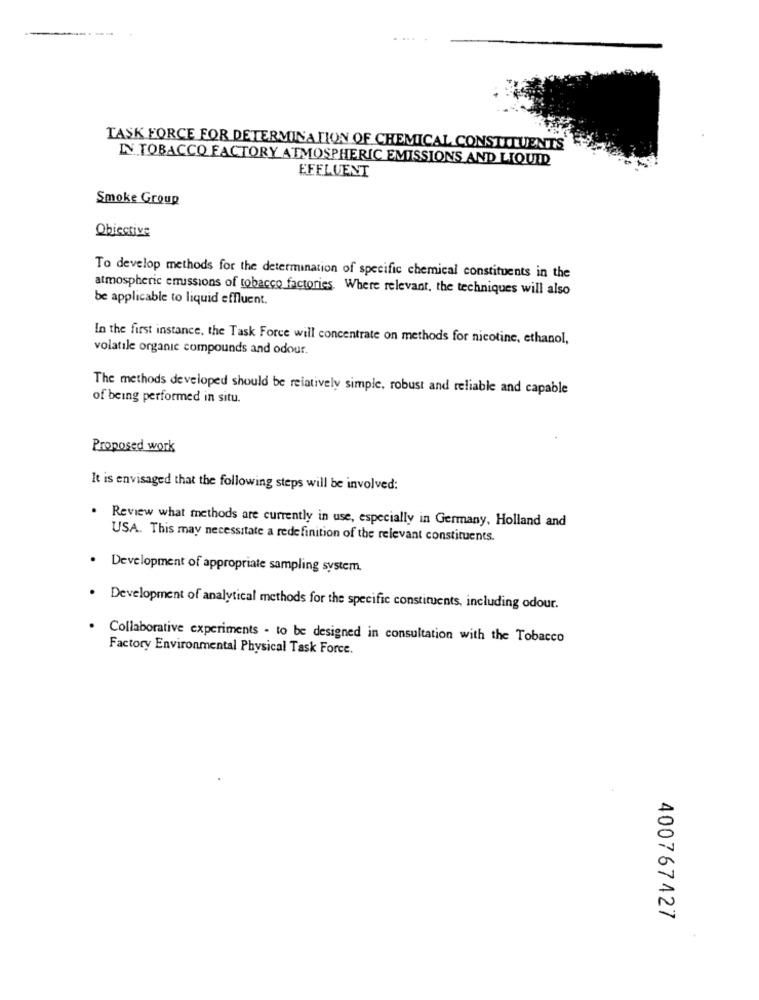
TASK FORCE FOR DETERMINATION OF CHEMICAL CONSTITUENTS
IN TOBACCO FACTORY ATMOSPHERIC EMISSIONS AND LIQUID
EFFLUENT
Smoke Group
Obiective
To develop methods for the determination of specific chemical constituents in the
atmospheric emissions of tobacco factories. Where relevant, the techniques will also
be applicable to liquid effluent.
In the first instance, the Task Force will concentrate on methods for nicotine, ethanol,
volatile organic compounds and odour.
The methods developed should be relatively simple, robust and reliable and capable
of being performed in situ.
Proposed work
It is envisaged that the following steps will be involved:
. Review what methods are currently in use, especially in Germany, Holland and
USA. This may necessitate a redefinition of the relevant constituents.
· Development of appropriate sampling system.
Development of analytical methods for the specific constituents, including odour.
Collaborative experiments - to be designed in consultation with the Tobacco
Factory Environmental Physical Task Force.
400767427